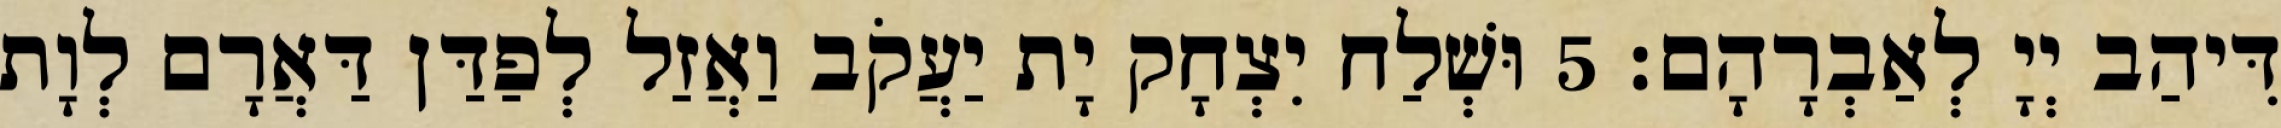
דִּיהַב יְיָ לְאַבְרָהָם׃ 5 וּשְׁלַח יִצְחָק יָת יַעֲקֹב וַאֲזַל לְפַדַּן דַּאֲרָם לְוָת